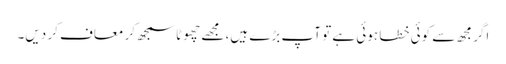
اگر مجھ سے کوئی خطا ہوئی ہے تو آپ بڑے ہیں، مجھے چھوٹا سمجھ کر معاف کر دیں۔